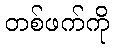
တစ်ဖက်ကို